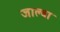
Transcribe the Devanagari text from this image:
जाल्वा